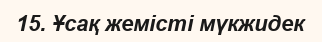
15. Ұсақ жемісті мүкжидек